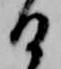
日